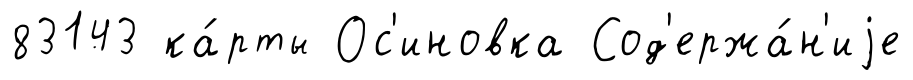
83143 ка́рты Ос'иновка Сод'ержа́н'иjе